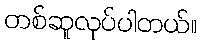
တစ်ဆူလုပ်ပါတယ်။